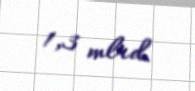
1,3 mlrd.